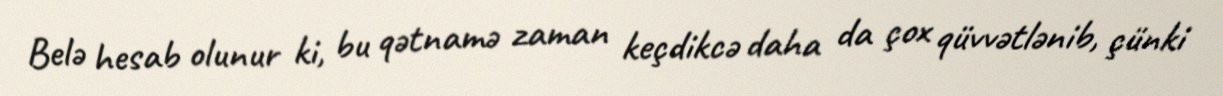
Belə hesab olunur ki, bu qətnamə zaman keçdikcə daha da çox qüvvətlənib, çünki